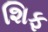
શિફ